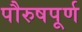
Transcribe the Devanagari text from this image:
पौरुषपूर्ण